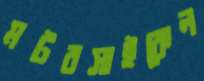
মটরসাইকেল